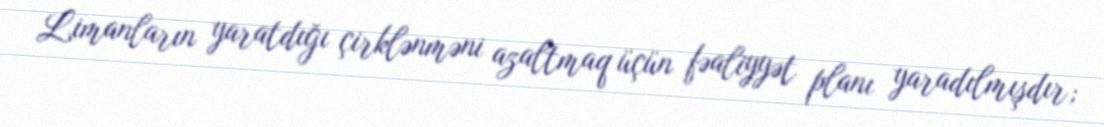
Limanların yaratdığı çirklənməni azaltmaq üçün fəaliyyət planı yaradılmışdır;